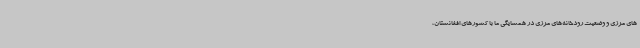
های مرزی و وضعیت رودخانه‌های مرزی در همسایگی ما با کشورهای افغانستان،